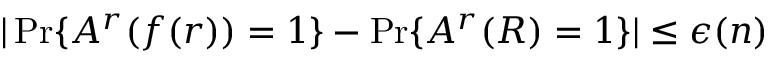
| \operatorname* { P r } \{ A ^ { r } ( f ( r ) ) = 1 \} - \operatorname* { P r } \{ A ^ { r } ( R ) = 1 \} | \leq \epsilon ( n )